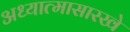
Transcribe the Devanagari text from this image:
अध्यात्मासारखे